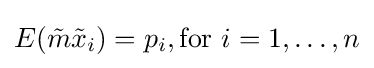
E({\tilde {m}}{\tilde {x}}_{i})=p_{i},{\text{for }}i=1,\ldots ,n